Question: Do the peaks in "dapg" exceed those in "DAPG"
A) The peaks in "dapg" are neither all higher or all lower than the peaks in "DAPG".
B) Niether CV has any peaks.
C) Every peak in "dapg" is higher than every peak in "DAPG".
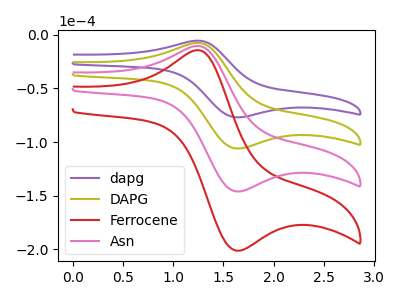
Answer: <think>The purple curve "dapg" has an anodic peak at (1.25V, -5.50uA) and a cathodic peak at (1.65V, -76.85uA). The olive curve "DAPG" has an anodic peak at (1.25V, -7.55uA) and a cathodic peak at (1.65V, -105.90uA). The red curve "Ferrocene" has an anodic peak at (1.25V, -22.70uA) and a cathodic peak at (1.65V, -317.70uA). The pink curve "Asn" has an anodic peak at (1.25V, -15.15uA) and a cathodic peak at (1.65V, -211.80uA).</think>
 <answer>A) The peaks in "dapg" are neither all higher or all lower than the peaks in "DAPG".</answer>
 <eval>A</eval>